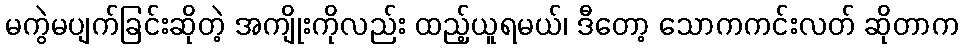
မကွဲမပျက်ခြင်းဆိုတဲ့ အကျိုးကိုလည်း ထည့်ယူရမယ်၊ ဒီတော့ သောကကင်းလတ် ဆိုတာက